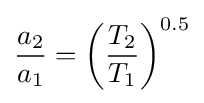
{\frac {a_{2}}{a_{1}}}={\left({\frac {T_{2}}{T_{1}}}\right)}^{0.5}